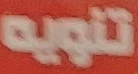
تنويه